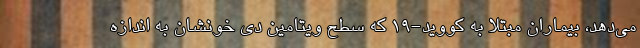
می‌دهد، بیماران مبتلا به کووید-۱۹ که سطح ویتامین دی خونشان به اندازه